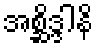
အစ္ဆိဒ္ဒါနိ